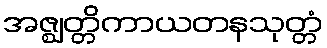
အဇ္ဈတ္တိကာယတနသုတ္တံ